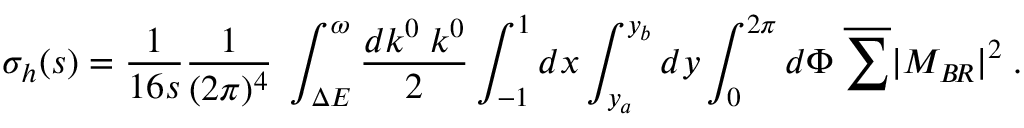
\sigma _ { h } ( s ) = \frac { 1 } { 1 6 s } \frac { 1 } { ( 2 \pi ) ^ { 4 } } \; \int _ { \Delta E } ^ { \omega } \frac { d k ^ { 0 } \; k ^ { 0 } } { 2 } \int _ { - 1 } ^ { 1 } d x \int _ { y _ { a } } ^ { y _ { b } } d y \int _ { 0 } ^ { 2 \pi } d \Phi \; \overline { { { \sum } } } | { \cal M } _ { B \! R } | ^ { 2 } \; .